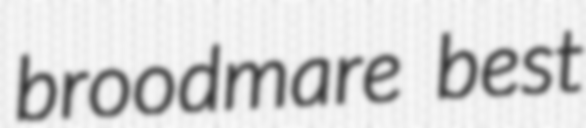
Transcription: broodmare best